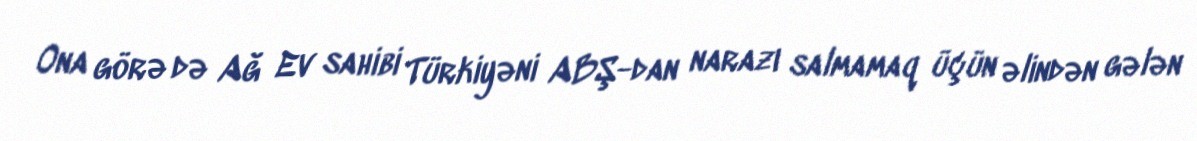
Ona görə də Ağ Ev sahibi Türkiyəni ABŞ-dan narazı salmamaq üçün əlindən gələn